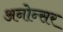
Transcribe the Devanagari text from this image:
अनोन्सर